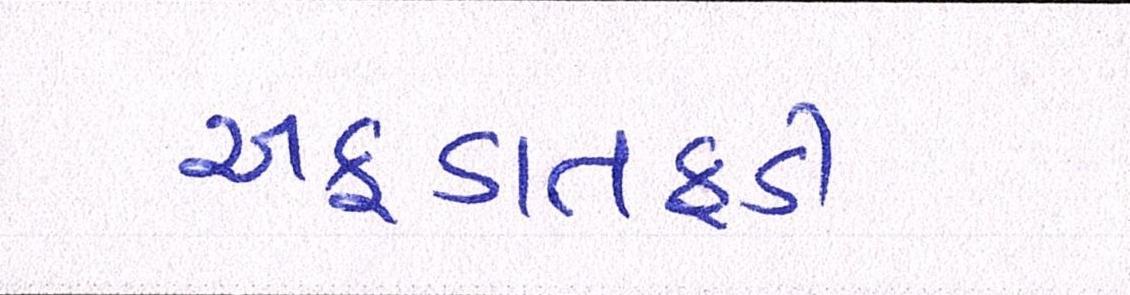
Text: અફડાતફડી